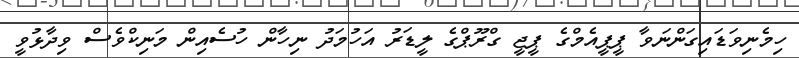
ހިމެނިވަޑައިގަންނަވާ ޕީޕީއެމްގެ ޕީޖީ ގްރޫޕްގެ ލީޑަރު އަހުމަދު ނިހާން ހުސެއިން މަނިކްވެސް ވިދާޅުވީ